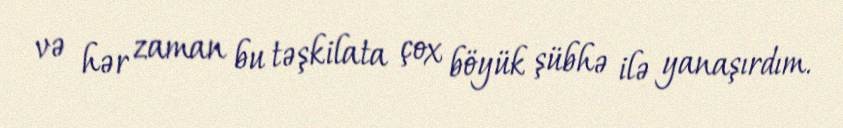
və hər zaman bu təşkilata çox böyük şübhə ilə yanaşırdım.